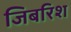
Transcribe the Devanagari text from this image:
जिबरिश